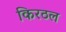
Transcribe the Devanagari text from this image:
किरठल